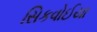
સિકવોઈયા